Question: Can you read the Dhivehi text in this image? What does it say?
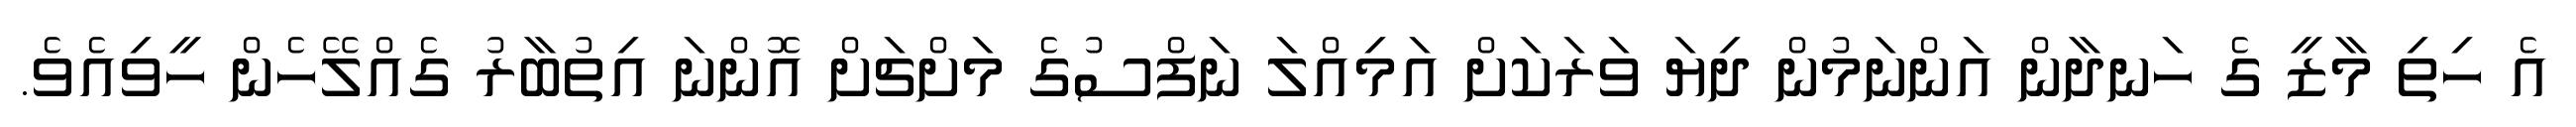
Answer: އެ ހިތި މާޒީ ގެ ހަނދާން އަންނަމުން ދިޔަ ވަރަކަށް އަމިއްލަ ނަފްސުގެ މަށްޗަށް އޮންނަ އިތުބާރު ގެއްލޭހެން ހީވިއެވެ.